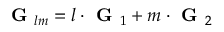
\textbf { G } _ { l m } = l \cdot \textbf { G } _ { 1 } + m \cdot \textbf { G } _ { 2 }